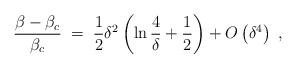
LaTeX: \begin{align*}{\beta-\beta_c\over \beta_c}\;=\; {1\over 2}\delta^2\left(\ln {4\over \delta}+{1\over 2}\right) + O\left( \delta^4\right)\;,\end{align*}